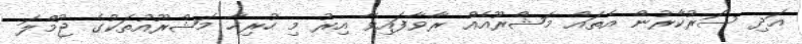
އަދި ސަރުކާރުން އެތައް މަޝްރޫއެއް ރާވާފައިވާ އިރު މި ހުރިހާ މަޝްރޫއުތަކުގެ ޖުމްލަ